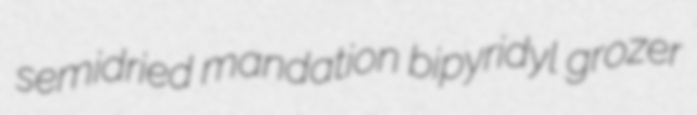
semidried mandation bipyridyl grozer